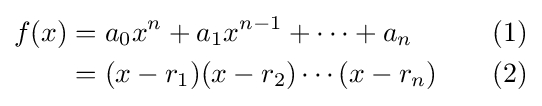
{\begin{aligned}f(x)&{}=a_{0}x^{n}+a_{1}x^{n-1}+\cdots +a_{n}&{}\quad (1)\\&{}=(x-r_{1})(x-r_{2})\cdots (x-r_{n})&{}\quad (2)\\\end{aligned}}